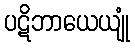
ပဋိဘာယေယျုံ